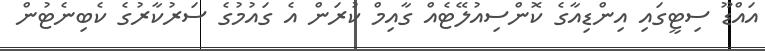
އައްޑޫ ސިޓީގައި އިންޑިއާގެ ކޮންސިއުލޭޓެއް ގާއިމް ކުރަން އެ ގައުމުގެ ސަރުކާރުގެ ކެބިނެޓުން